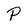
Character: P